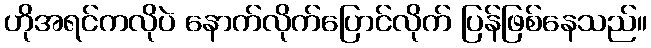
ဟိုအရင်ကလိုပဲ နောက်လိုက်ပြောင်လိုက် ပြန်ဖြစ်နေသည်။